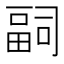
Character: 𭻢